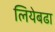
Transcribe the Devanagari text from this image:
लियेबढा